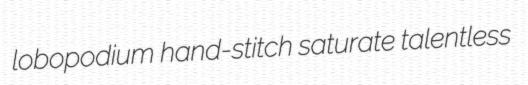
lobopodium hand-stitch saturate talentless